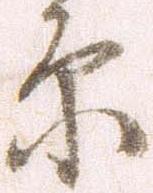
原